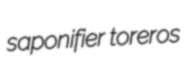
saponifier toreros